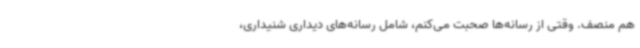
هم منصف. وقتی از رسانه‌ها صحبت می‌کنم، شامل رسانه‌های دیداری شنیداری،